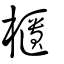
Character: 櫃